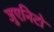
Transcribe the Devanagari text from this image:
जुएनिटो